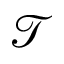
\mathcal { T }